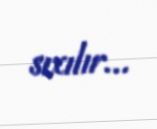
sıxılır...